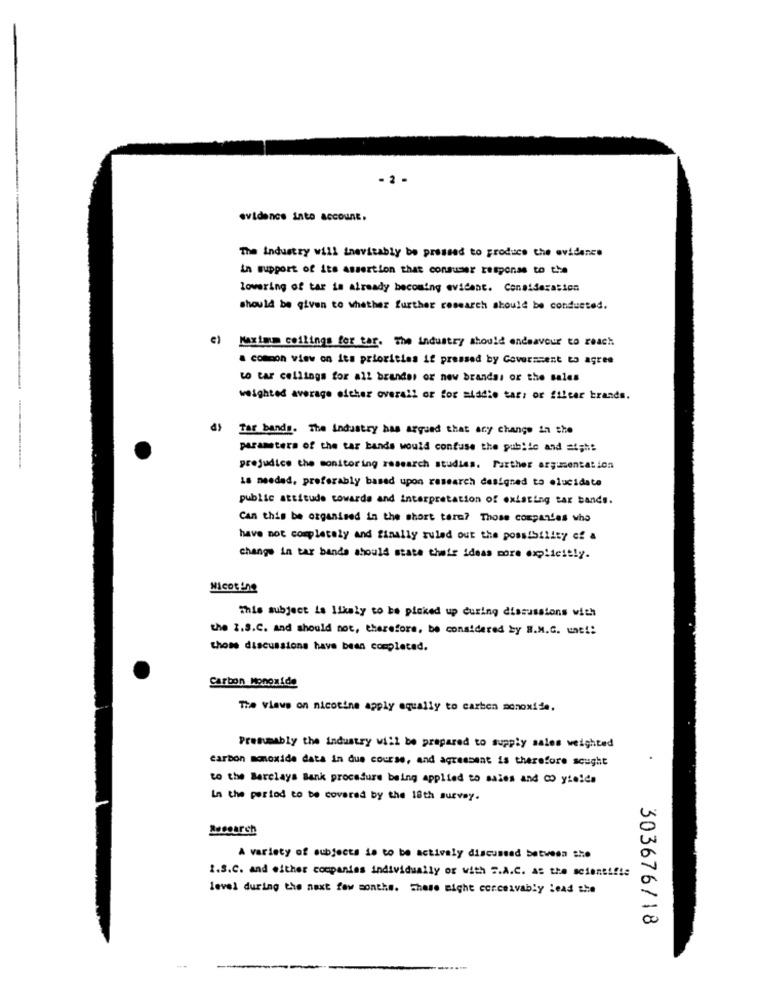
- 2 -
evidence into account.
The Industry will inevitably be pressed to produce the evidence
in support of its assertion that consumer response to the
lowering of tar is already becoming evident. Consideration
should be given to whether further research should be conducted.
€)
Maximum collings for tar. The industry should endeavour to reach
a common view on its priorities if pressed by Government to agree
to tar cellings for all brandes or new brandss or the sales
weighted average either overall or for middle tar: or fileer brands.
Tar bands. The industry has argued that any change in the
parameters of the tar bands would confuse the public and =i;h:
prejudice the monitoring research studies. Farther argumentation
18 needed, preferably based upon research designed to olucidate
public attitude towards and interpretation of existing tar bands.
Can this be organised in the short term? Those companies who
have not completely and finally ruled out the possibility of a
change in tar bands should state their ideas more explicitly.
Nicotine
This subject is likely to be picked up during discussions with
the Z.S.C. and should not, therefore, be considered by B.M.C. unt !:
those discussions have been completed.
Carbon Monoxide
The views on nicotine apply equally to carbon monoxide,
Presumably the industry will be prepared to supply sales weighted
carbon monoxide data in due course, and agressent is therefore sought
to the Barclays Bank procedure being applied to sales and Co yields
In the period to be covered by the 18th survey.
Research
A variety of subjects is to be actively discussed between she
1.S.C. and either companies individually or with S.A.C. AS the scientific
level during the next few months. These might conceivably lead the
303676/18
--